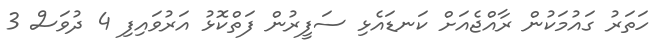
ހަތަރު ގައުމަކުން ރާއްޖެއަށް ކަނޑައެޅި ސަފީރުން ފަތްކޮޅު އަރުވައިފި 4 ދުވަސް 3